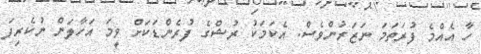
ހާ އެއްމެ ފުރަތަމަ ނަޒަރުންވެސް. އެކަމަކު ރުޝްގެ ފުރެންޑަކަށް ވީމަ އަހާލަން ނުކެރިފަ